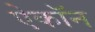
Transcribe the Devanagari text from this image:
ऐकॉन